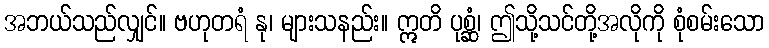
အဘယ်သည်လျှင်။ ဗဟုတရံ နု၊ များသနည်း။ ဣတိ ပုစ္ဆံ၊ ဤသို့သင်တို့အလိုကို စုံစမ်းသော